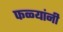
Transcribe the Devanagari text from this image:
फळ्यांनी